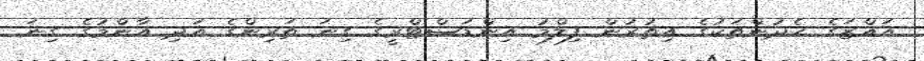
އައްޒަގެ ހެދުންތަކުގެ އިތުރުން ފިލްމު އިންޑަސްޓްރީގެ ގިނަ ތަރިންގެ އަދި އާންމުގެ ގިނަ